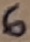
Text: 6